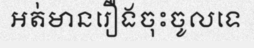
អត់មានរឿងចុះចូលទេ